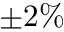
\pm 2 \%